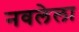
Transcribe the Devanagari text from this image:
नवलेला